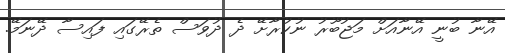
އޭނާ ބުނީ އޭނާއަށް މަޖުބޫރު ނުކުރާށޭ ދެ ދުވަސް ތެރޭގައި ފައިސާ ދޭނަމޭ.